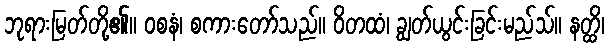
ဘုရားမြတ်တို့၏။ ဝစနံ၊ စကားတော်သည်။ ဝိတထံ၊ ချွတ်ယွင်းခြင်းမည်သ်။ နတ္ထိ၊